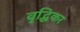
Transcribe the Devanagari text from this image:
वृद्धिकर